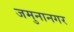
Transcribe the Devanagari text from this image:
जमुनानगर